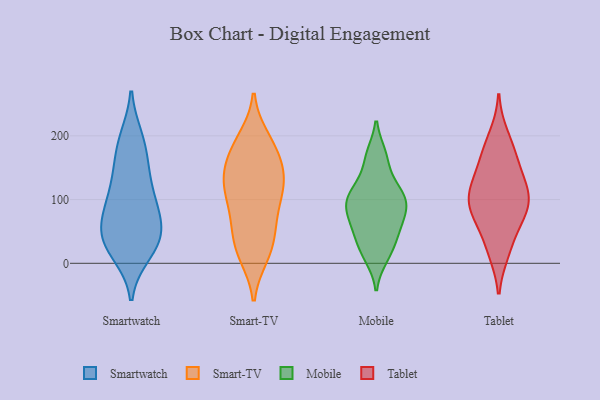
{"axis": {"x": "Budget (USD K)", "y": "Value"}, "legend": ["Mobile", "Smart-TV", "Smartwatch", "Tablet"], "data": [{"x": "", "y": 148, "type": "Smartwatch"}, {"x": "", "y": 86, "type": "Smartwatch"}, {"x": "", "y": 59, "type": "Smartwatch"}, {"x": "", "y": 40, "type": "Smartwatch"}, {"x": "", "y": 107, "type": "Smartwatch"}, {"x": "", "y": 25, "type": "Smartwatch"}, {"x": "", "y": 129, "type": "Smartwatch"}, {"x": "", "y": 74, "type": "Smartwatch"}, {"x": "", "y": 98, "type": "Smartwatch"}, {"x": "", "y": 27, "type": "Smartwatch"}, {"x": "", "y": 16, "type": "Smartwatch"}, {"x": "", "y": 194, "type": "Smartwatch"}, {"x": "", "y": 196, "type": "Smartwatch"}, {"x": "", "y": 54, "type": "Smartwatch"}, {"x": "", "y": 38, "type": "Smartwatch"}, {"x": "", "y": 167, "type": "Smartwatch"}, {"x": "", "y": 14, "type": "Smart-TV"}, {"x": "", "y": 72, "type": "Smart-TV"}, {"x": "", "y": 195, "type": "Smart-TV"}, {"x": "", "y": 80, "type": "Smart-TV"}, {"x": "", "y": 61, "type": "Smart-TV"}, {"x": "", "y": 186, "type": "Smart-TV"}, {"x": "", "y": 38, "type": "Smart-TV"}, {"x": "", "y": 166, "type": "Smart-TV"}, {"x": "", "y": 120, "type": "Smart-TV"}, {"x": "", "y": 128, "type": "Smart-TV"}, {"x": "", "y": 13, "type": "Smart-TV"}, {"x": "", "y": 137, "type": "Smart-TV"}, {"x": "", "y": 107, "type": "Smart-TV"}, {"x": "", "y": 135, "type": "Smart-TV"}, {"x": "", "y": 185, "type": "Smart-TV"}, {"x": "", "y": 116, "type": "Smart-TV"}, {"x": "", "y": 27, "type": "Smart-TV"}, {"x": "", "y": 156, "type": "Smart-TV"}, {"x": "", "y": 104, "type": "Mobile"}, {"x": "", "y": 36, "type": "Mobile"}, {"x": "", "y": 77, "type": "Mobile"}, {"x": "", "y": 110, "type": "Mobile"}, {"x": "", "y": 10, "type": "Mobile"}, {"x": "", "y": 105, "type": "Mobile"}, {"x": "", "y": 51, "type": "Mobile"}, {"x": "", "y": 131, "type": "Mobile"}, {"x": "", "y": 167, "type": "Mobile"}, {"x": "", "y": 53, "type": "Mobile"}, {"x": "", "y": 170, "type": "Mobile"}, {"x": "", "y": 79, "type": "Mobile"}, {"x": "", "y": 82, "type": "Mobile"}, {"x": "", "y": 17, "type": "Mobile"}, {"x": "", "y": 101, "type": "Mobile"}, {"x": "", "y": 199, "type": "Tablet"}, {"x": "", "y": 24, "type": "Tablet"}, {"x": "", "y": 169, "type": "Tablet"}, {"x": "", "y": 106, "type": "Tablet"}, {"x": "", "y": 71, "type": "Tablet"}, {"x": "", "y": 71, "type": "Tablet"}, {"x": "", "y": 119, "type": "Tablet"}, {"x": "", "y": 115, "type": "Tablet"}, {"x": "", "y": 146, "type": "Tablet"}, {"x": "", "y": 83, "type": "Tablet"}, {"x": "", "y": 87, "type": "Tablet"}, {"x": "", "y": 172, "type": "Tablet"}, {"x": "", "y": 111, "type": "Tablet"}, {"x": "", "y": 19, "type": "Tablet"}]}